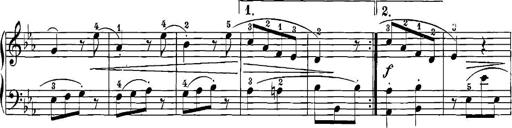
Title: 12 Sonatinas
Composer: Ignaz Pleyel